Bombay plague: being a history of the progress of plague in the Bombay presidency from September 1896 to June 1899
Year: 1896
Disease focus: Plague
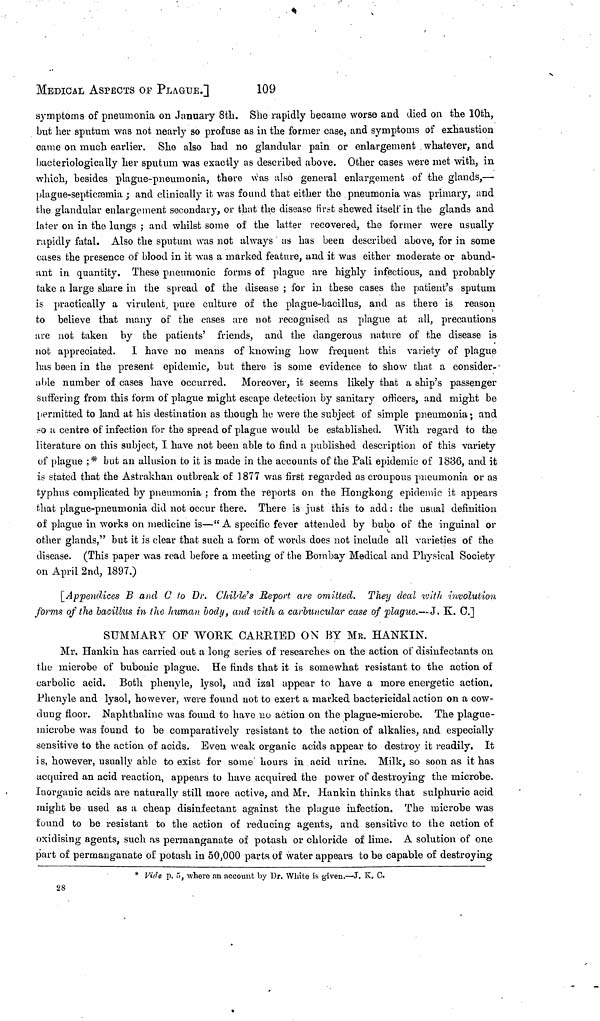
MEDICAL ASPECTS or PLAGUE.]
109
symptoms of pneumonia on January 8th. She rapidly became worse and died on the 10th,
but her sputum was not nearly so profuse as in the former case, and symptoms of exhaustion
came on much earlier. She also had no glandular pain or enlargement whatever, and
bacteriologically her sputum was exactly as described above. Other cases were met with, in
which, besides plague-pneumonia, there was also general enlargement of the glands,—
plague-septicaemia ; and clinically it was found that either the pneumonia was primary, and
the glandular enlargement secondary, or that the disease first shewed itself in the glands and
later on in the lungs ; and whilst some of the latter recovered, the former were usually
rapidly fatal. Also the sputum was not always as has been described above, for in some
cases the presence of blood in it was a marked feature, und it was either moderate or abund-
ant in quantity. These pneumonic forms of plague are highly infectious, and probably
take a large share in the spread of the disease ; for in these cases the patient's sputum
is practically a virulent, pure culture of the plague-bacillus, and as there is reason
to believe that many of the cases are not recognised as plague at all, precautions
are not taken by the patients' friends, and the dangerous nature of the disease is
not appreciated. I have no means of knowing how frequent this variety of plague
has been in the present epidemic, but there is some evidence to show that a consider-
able number of cases have occurred. Moreover, it seems likely that a ship's passenger
suffering from this form of plague might escape detection by sanitary officers, and might be
permitted to land at his destination as though he were the subject of simple pneumonia ; and
so a centre of infection for the spread of plague would be established. With regard to the
literature on this subject, I have not been able to find a published description of this variety
of plague ;* but an allusion to it is made in the accounts of the Pali epidemic of 1836, and it
is stated that the Astrakhan outbreak of 1877 was first regarded as croupous pneumonia or as
typhus complicated by pneumonia ; from the reports on the Hongkong epidemic it appears
that plague-pneumonia did not occur there. There is just this to add : the usual definition
of plague in works on medicine is—" A specific fever attended by bubo of the inguinal or
other glands," but it is clear that such a form of words does not include all varieties of the
disease. (This paper was road before a meeting of the Bombay Medical and Physical Society
on April 2nd, 1897.)
[Appendices B and G to Dr. Childe's Report are omitted. They deal with involution
forms of the bacillus in the human body, and with a carbuncular case of plague.— J. K. C.]
SUMMARY OF WORK CARRIED ON BY MR. HANKIN.
Mr. Hankin has carried out a long series of researches on the action of disinfectants on
the microbe of bubonic plague. He finds that it is somewhat resistant to the action of
carbolic acid. Both phenyle, lysol, and izal appear to have a more energetic action.
Phenyle and lysol, however, were found uot to exert a marked bactericidal action on a cow-
dung floor. Naphthaline was found to have no action on the plague-microbe. The plague-
microbe was found to be comparatively resistant to the action of alkalies, and especially
sensitive to the action of acids. Even weak organic acids appear to destroy it readily. It
is, however, usually able to exist for some hours in acid urine. Milk, so soon as it has
acquired an acid reaction, appears to have acquired the power of destroying the microbe.
Inorganic acids are naturally still more active, and Mr. Hankin thinks that sulphuric acid
might be used as a cheap disinfectant against the plague infection. The microbe was
found to be resistant to the action of reducing agents, and sensitive to the action of
oxidising agents, such as permanganate of potash or chloride of lime. A solution of one
part of permanganate of potash in 50,000 parts of water appears to be capable of destroying
* Vide p. 5, where an account by Dr. White is given.—J. K. C.
28